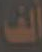
ألف